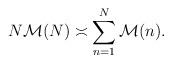
LaTeX: \begin{align*} N\mathcal{M}(N)\asymp \sum_{n=1}^N \mathcal{M}(n).\end{align*}